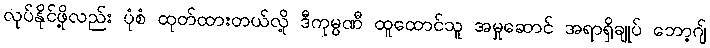
လုပ်နိုင်ဖို့လည်း ပုံစံ ထုတ်ထားတယ်လို့ ဒီကုမ္ပဏီ ထူထောင်သူ အမှုဆောင် အရာရှိချုပ် ဘော့ဂျ်